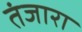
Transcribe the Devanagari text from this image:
तंजारा